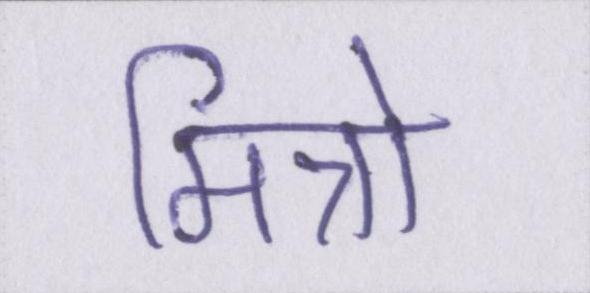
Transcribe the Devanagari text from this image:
मित्रो